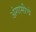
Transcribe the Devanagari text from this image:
अंगामीचे